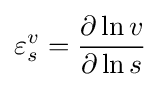
\varepsilon _{s}^{v}={\frac {\partial \ln v}{\partial \ln s}}